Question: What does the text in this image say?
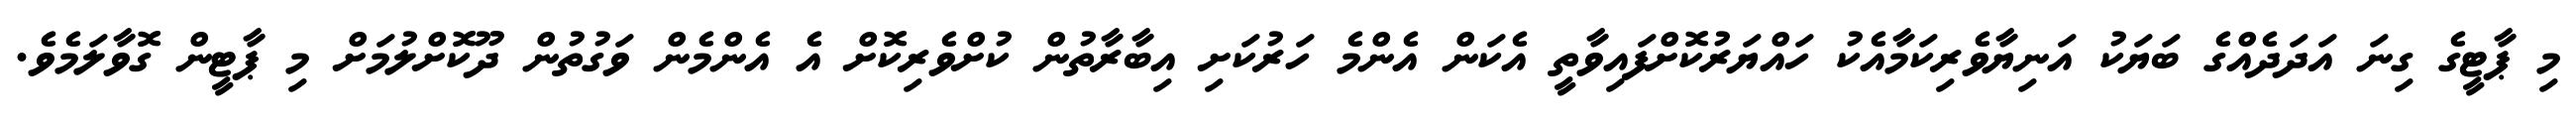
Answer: މި ޕާޓީގެ ގިނަ އަދަދެއްގެ ބަޔަކު އަނިޔާވެރިކަމާއެކު ހައްޔަރުކޮށްފައިވާތީ އެކަން އެންމެ ހަރުކަށި އިބާރާތުން ކުށްވެރިކޮށް އެ އެންމެން ވަގުތުން ދޫކޮށްލުމަށް މި ޕާޓީން ގޮވާލަމެވެ.